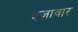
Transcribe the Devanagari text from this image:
बज़ावार